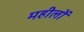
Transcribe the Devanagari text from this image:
महीलों